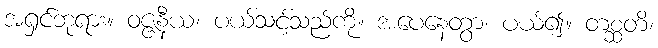
အရှင်ဘုရား။ ဝဇ္ဇနီယံ၊ ပယ်သင့်သည်ကို။ အပေနေတွာ၊ ပယ်၍။ တစ္ဆတိ၊